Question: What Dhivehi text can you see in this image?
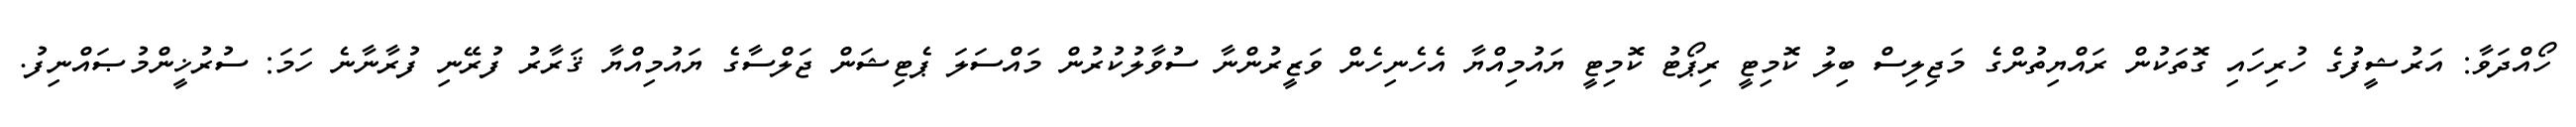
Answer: ހޯއްދަވާ: އަރުޝީފުގެ ހުރިހައި ގޮތަކުން ރައްޔިތުންގެ މަޖިލިސް ބިލު ކޮމިޓީ ރިޕޯޓު ކޮމިޓީ ޔައުމިއްޔާ އެހެނިހެން ވަޒީރުންނާ ސުވާލުކުރުން މައްސަލަ ޕެޓިޝަން ޖަލްސާގެ ޔައުމިއްޔާ ޤަރާރު ފުރޭނި ފުރާނާނެ ހަމަ: ސުރުޚީންމުޞައްނިފު.